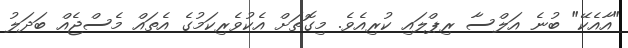
"އާއެކޭ" ބުނެ އަލްސާ ރިޕްލައި ކުރިއެވެ. މިގޮތަށް އެކުވެރިކަމުގެ އެތައް މެސްޖެއް ބަދަލު